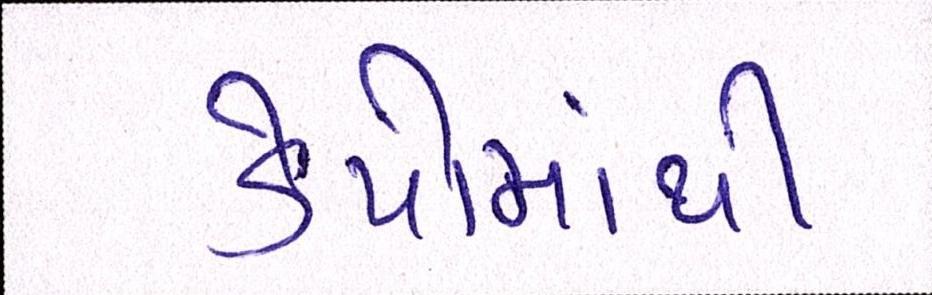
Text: ડેપોમાંથી